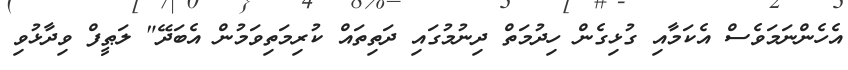
އެހެންނަމަވެސް އެކަމާއި ގުޅިގެން ހިދުމަތް ދިނުމުގައި ދަތިތައް ކުރިމަތިވަމުން އެބަދޭ" ލަޠީފް ވިދާޅުވި